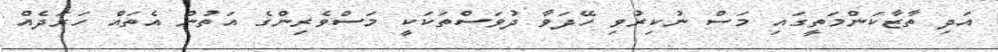
އަދި ތާޒާކަންމަތީގައި މަސް ނުކިރުވި ހޭދަވާ ދުވަސްތަކަކީ މަސްވެރިންގެ އަތުން އެތައް ހަރަދެއް